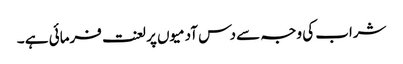
شراب کی وجہ سے دس آدمیوں پر لعنت فرمائی ہے ۔